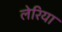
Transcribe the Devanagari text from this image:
लेरिया